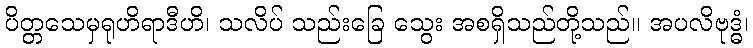
ပိတ္တသေမှရုဟိရာဒီဟိ၊ သလိပ် သည်းခြေ သွေး အစရှိသည်တို့သည်။ အပလိဗုဒ္ဓံ၊